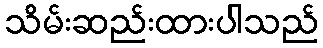
သိမ်းဆည်းထားပါသည်